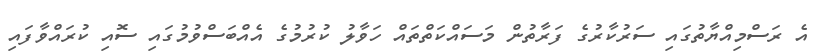
އެ ރަސްމިއްޔާތުގައި ސަރުކާރުގެ ފަރާތުން މަސައްކަތްތައް ހަވާލު ކުރުމުގެ އެއްބަސްވުމުގައި ސޮއި ކުރައްވާފައި